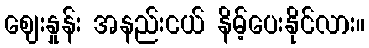
ဈေးနှုန်း အနည်းငယ် နိမ့်ပေးနိုင်လား။